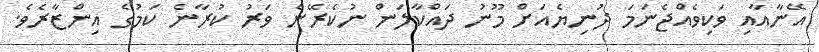
އޭނާއާއި ވަކިވެއްޖެނަމަ ދުނިޔެއަށް މޫނު ދައްކާލަން ނުކެރޭނެ ވަރު ކުރާނެ ކަމުގެ އިންޒާރެވެ.